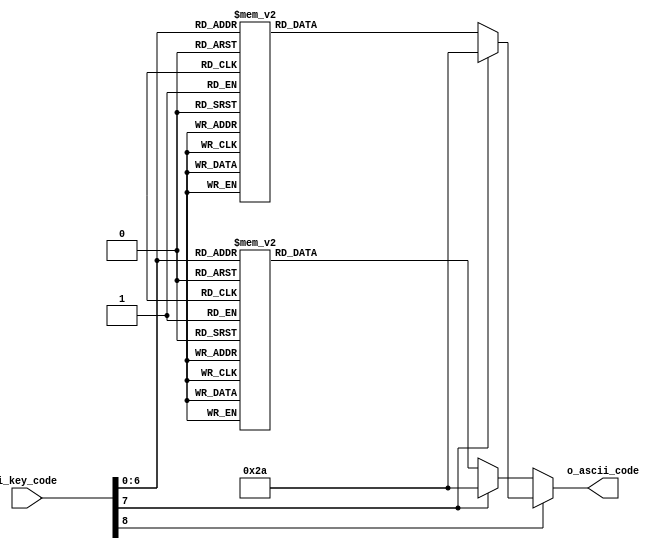
`timescale 1ns / 1ps
//////////////////////////////////////////////////////////////////////////////////
// Company: 
// Engineer: 
// 
// Design Name: 
// Module Name: key_to_ascii_shift
// Project Name: 
// Target Devices: 
// Tool Versions: 
// Description: 
// 
// Dependencies: 
// 
// Revision:
// Revision 0.01 - File Created
// Additional Comments:
// 
//////////////////////////////////////////////////////////////////////////////////


module key_to_ascii_shift(
    input [8:0] i_key_code, 
    output reg [7:0] o_ascii_code
    );
    
    always @*
        if(i_key_code[8]) //if shift active
            case(i_key_code[7:0])
                8'h45: o_ascii_code = 8'h29; // )
                8'h16: o_ascii_code = 8'h21; // !
                8'h1e: o_ascii_code = 8'h40; // @
                8'h26: o_ascii_code = 8'h23; // #
                8'h25: o_ascii_code = 8'h24; // $
                8'h2e: o_ascii_code = 8'h25; // %
                8'h36: o_ascii_code = 8'h5e; // ^
                8'h3d: o_ascii_code = 8'h26; // &
                8'h3e: o_ascii_code = 8'h2a; // *
                8'h46: o_ascii_code = 8'h28; // (
                
                8'h1c: o_ascii_code = 8'h41; // A
                8'h32: o_ascii_code = 8'h42; // B
                8'h21: o_ascii_code = 8'h43; // C
                8'h23: o_ascii_code = 8'h44; // D
                8'h24: o_ascii_code = 8'h45; // E
                8'h2b: o_ascii_code = 8'h46; // F
                8'h34: o_ascii_code = 8'h47; // G
                8'h33: o_ascii_code = 8'h48; // H
                8'h43: o_ascii_code = 8'h49; // I
                8'h3b: o_ascii_code = 8'h4a; // J
                8'h42: o_ascii_code = 8'h4b; // K
                8'h4b: o_ascii_code = 8'h4c; // L
                8'h3a: o_ascii_code = 8'h4d; // M
                8'h31: o_ascii_code = 8'h4e; // N
                8'h44: o_ascii_code = 8'h4f; // O
                8'h4d: o_ascii_code = 8'h50; // P
                8'h15: o_ascii_code = 8'h51; // Q
                8'h2d: o_ascii_code = 8'h52; // R
                8'h1b: o_ascii_code = 8'h53; // S
                8'h2c: o_ascii_code = 8'h54; // T
                8'h3c: o_ascii_code = 8'h55; // U
                8'h2a: o_ascii_code = 8'h56; // V
                8'h1d: o_ascii_code = 8'h57; // W
                8'h22: o_ascii_code = 8'h58; // X
                8'h35: o_ascii_code = 8'h59; // Y
                8'h1a: o_ascii_code = 8'h5a; // Z
                
                8'h0e: o_ascii_code = 8'h27; // `
                8'h4e: o_ascii_code = 8'h5f; // _
                8'h55: o_ascii_code = 8'h2b; // +
                8'h54: o_ascii_code = 8'h7b; // {
                8'h5b: o_ascii_code = 8'h7d; // }
                8'h5d: o_ascii_code = 8'h7c; // |
                8'h4c: o_ascii_code = 8'h3a; // :
                8'h52: o_ascii_code = 8'h22; // "
                8'h41: o_ascii_code = 8'h3c; // <
                8'h49: o_ascii_code = 8'h3e; // >
                8'h4a: o_ascii_code = 8'h3f; // ?
                
                8'h29: o_ascii_code = 8'h20; // (space)
                8'h5a: o_ascii_code = 8'h0d; // (enter, cr)
                8'h66: o_ascii_code = 8'h08; // (backspace)
                default: o_ascii_code = 8'h2a; // *
            endcase
        else //shift not active
            case(i_key_code[7:0])
                8'h45: o_ascii_code = 8'h30; // 0
                8'h16: o_ascii_code = 8'h31; // 1
                8'h1e: o_ascii_code = 8'h32; // 2
                8'h26: o_ascii_code = 8'h33; // 3
                8'h25: o_ascii_code = 8'h34; // 4
                8'h2e: o_ascii_code = 8'h35; // 5
                8'h36: o_ascii_code = 8'h36; // 6
                8'h3d: o_ascii_code = 8'h37; // 7
                8'h3e: o_ascii_code = 8'h38; // 8
                8'h46: o_ascii_code = 8'h39; // 9
                
                8'h1c: o_ascii_code = 8'h61; // a
                8'h32: o_ascii_code = 8'h62; // b
                8'h21: o_ascii_code = 8'h63; // c
                8'h23: o_ascii_code = 8'h64; // d
                8'h24: o_ascii_code = 8'h65; // e
                8'h2b: o_ascii_code = 8'h66; // f
                8'h34: o_ascii_code = 8'h67; // g
                8'h33: o_ascii_code = 8'h68; // h
                8'h43: o_ascii_code = 8'h69; // i
                8'h3b: o_ascii_code = 8'h6a; // j
                8'h42: o_ascii_code = 8'h6b; // k
                8'h4b: o_ascii_code = 8'h6c; // l
                8'h3a: o_ascii_code = 8'h6d; // m
                8'h31: o_ascii_code = 8'h6e; // n
                8'h44: o_ascii_code = 8'h6f; // o
                8'h4d: o_ascii_code = 8'h70; // p
                8'h15: o_ascii_code = 8'h71; // q
                8'h2d: o_ascii_code = 8'h72; // r
                8'h1b: o_ascii_code = 8'h73; // s
                8'h2c: o_ascii_code = 8'h74; // t
                8'h3c: o_ascii_code = 8'h75; // u
                8'h2a: o_ascii_code = 8'h76; // v
                8'h1d: o_ascii_code = 8'h77; // w
                8'h22: o_ascii_code = 8'h78; // x
                8'h35: o_ascii_code = 8'h79; // y
                8'h1a: o_ascii_code = 8'h7a; // z
                
                8'h0e: o_ascii_code = 8'h7e; // ~
                8'h4e: o_ascii_code = 8'h2d; // -
                8'h55: o_ascii_code = 8'h3d; // =
                8'h54: o_ascii_code = 8'h5b; // [
                8'h5b: o_ascii_code = 8'h5d; // ]
                8'h5d: o_ascii_code = 8'h5c; // \
                8'h4c: o_ascii_code = 8'h3b; // ;
                8'h52: o_ascii_code = 8'h27; // '
                8'h41: o_ascii_code = 8'h2c; // ,
                8'h49: o_ascii_code = 8'h2e; // .
                8'h4a: o_ascii_code = 8'h2f; // /
                
                8'h29: o_ascii_code = 8'h20; // (space)
                8'h5a: o_ascii_code = 8'h0d; // (enter, cr)
                8'h66: o_ascii_code = 8'h08; // (backspace)
                default: o_ascii_code = 8'h2a; // *
            endcase
endmodule